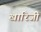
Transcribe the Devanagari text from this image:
खारिजी